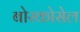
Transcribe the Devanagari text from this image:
बोस्कोसेल